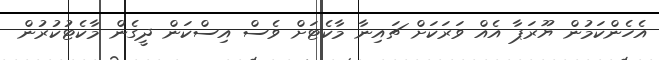
އެހެންކަމުން ޔޫރަޕާ އެއް ވަރަކަށް ޗައިނާ މާކެޓަށް ވެސް އިސްކަން ދީގެން މާކެޓުކުރުން